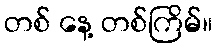
တစ် နေ့ တစ်ကြိမ်။